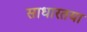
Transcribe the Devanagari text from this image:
साधारतया